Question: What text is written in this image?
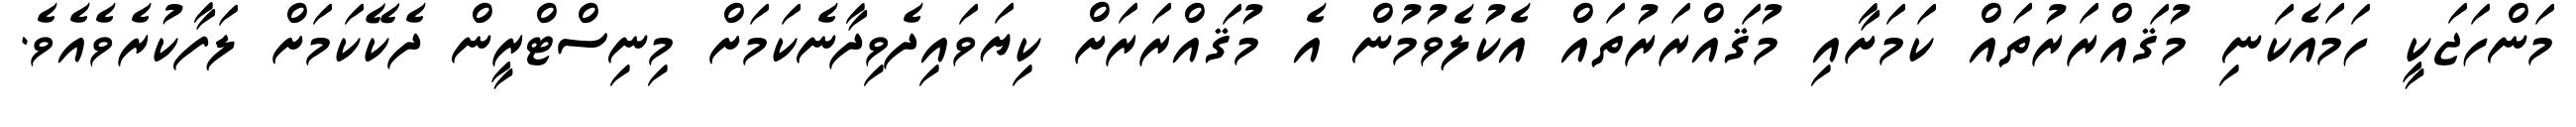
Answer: މަންހަޖަކީ ހަމައެކަނި މުޤައްރަރުތައް ކަމަށާއި މުޤައްރަރުތައް އެކުލެވުމުން އެ މުޤައްރަރަށް ކިޔަވައިދެވިދާނެކަމަށް މިނިސްޓްރީން ދެކޭކަމަށް ލަފާކުރެވެއެވެ.